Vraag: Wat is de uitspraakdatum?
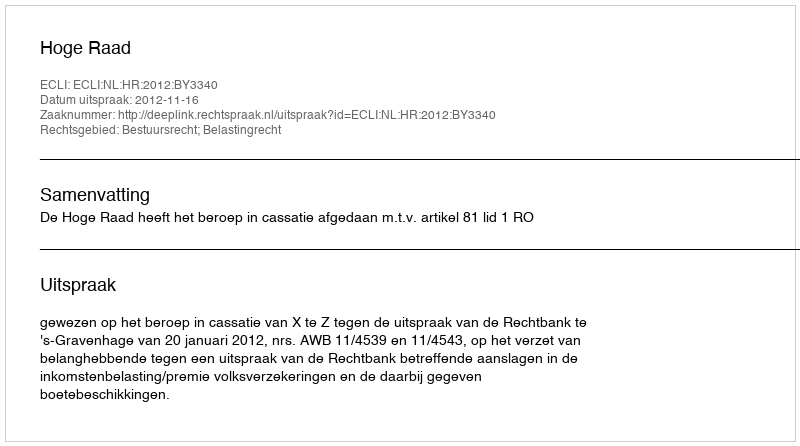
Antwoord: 2012-11-16